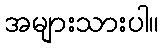
အများသားပါ။